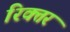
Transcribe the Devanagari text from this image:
रिक्तर